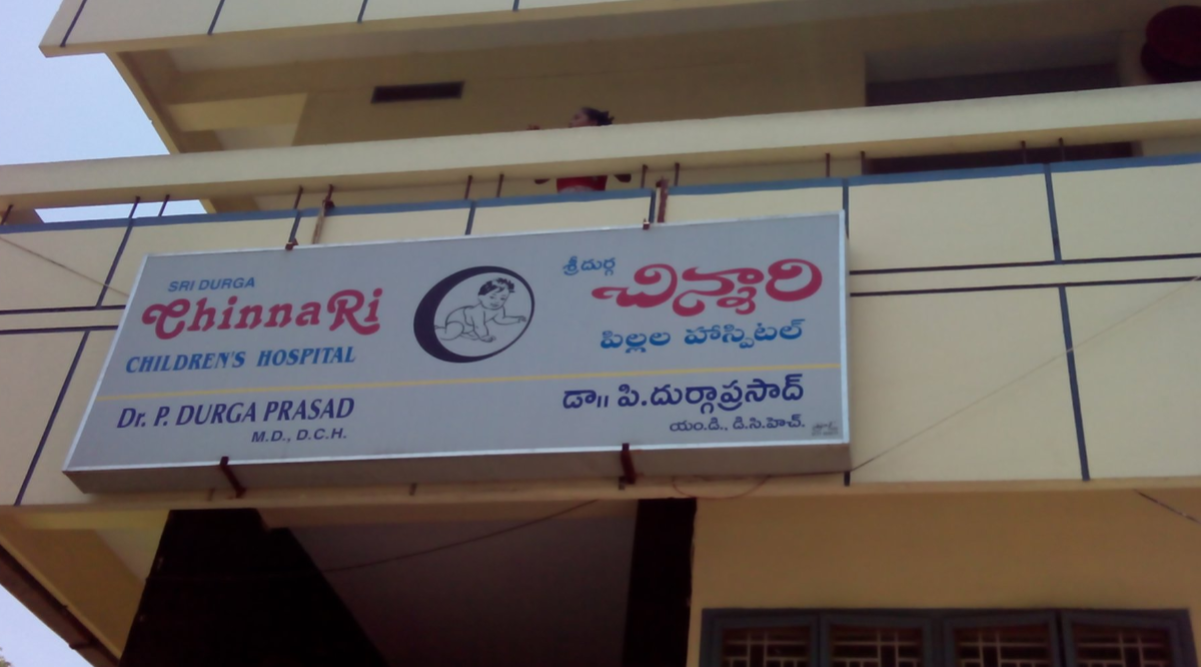
Language: telugu
Transcription: శ్రీ దుర్గ చిన్నారి పిల్లల దుర్గాప్రసాద్ హస్పిటల్